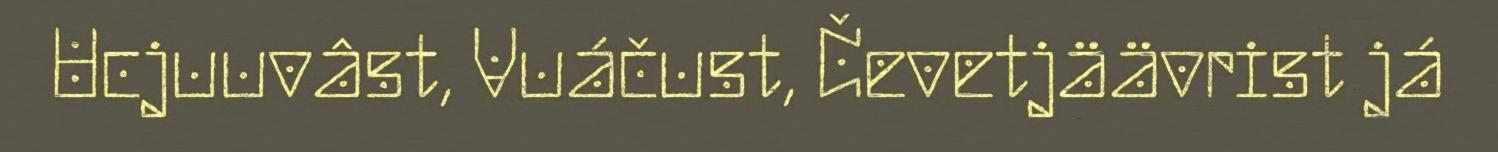
Ucjuuvâst, Vuáčust, Čevetjäävrist já